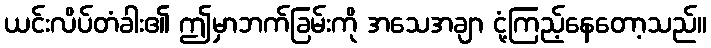
ယင်းလိပ်တံခါး၏ ဤမှာဘက်ခြမ်းကို အသေအချာ ငုံ့ကြည့်နေတော့သည်။